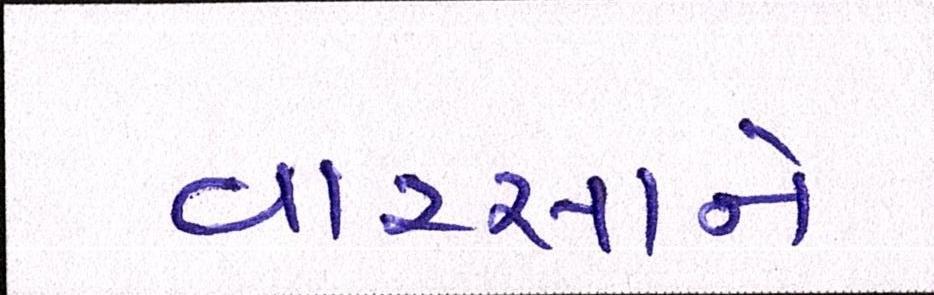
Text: વારસાને